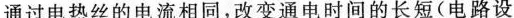
通过电热丝的电流相同，改变通电时间的长短(电路设